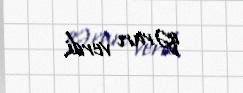
qərarı verdi.